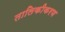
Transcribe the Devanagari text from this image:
तालिकीकरण